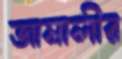
জামালীর